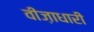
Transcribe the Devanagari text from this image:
वीज़ाधारी